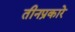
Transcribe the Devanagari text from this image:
तीनप्रकारे